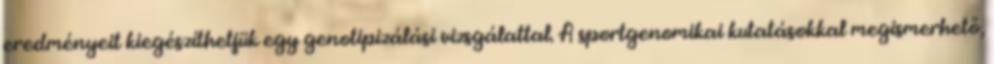
eredményeit kiegészíthetjük egy genotipizálási vizsgálattal. A sportgenomikai kutatásokkal megismerhető,